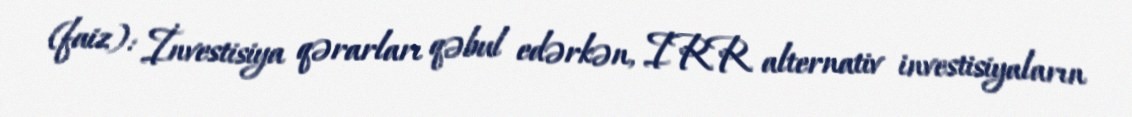
(faiz): İnvestisiya qərarları qəbul edərkən, IRR alternativ investisiyaların